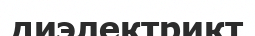
диэлектрикт